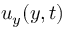
u _ { y } ( y , t )